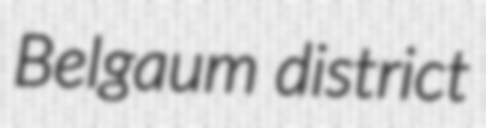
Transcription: Belgaum district